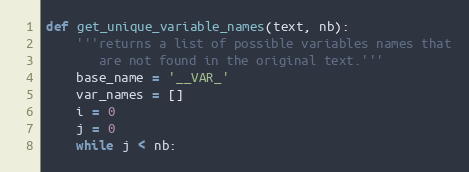
Language: Python
def get_unique_variable_names(text, nb):
    '''returns a list of possible variables names that
       are not found in the original text.'''
    base_name = '__VAR_'
    var_names = []
    i = 0
    j = 0
    while j < nb: